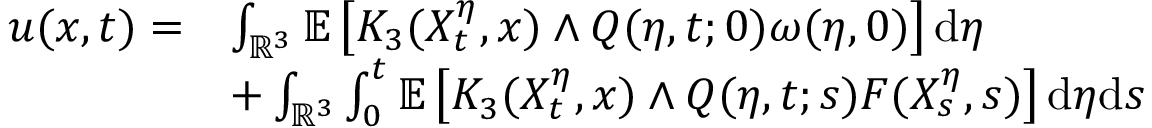
\begin{array} { r l } { u ( x , t ) = } & { \int _ { \mathbb { R } ^ { 3 } } \mathbb { E } \left[ K _ { 3 } ( X _ { t } ^ { \eta } , x ) \wedge Q ( \eta , t ; 0 ) \omega ( \eta , 0 ) \right] \mathrm { d } \eta } \\ & { + \int _ { \mathbb { R } ^ { 3 } } \int _ { 0 } ^ { t } \mathbb { E } \left[ K _ { 3 } ( X _ { t } ^ { \eta } , x ) \wedge Q ( \eta , t ; s ) F ( X _ { s } ^ { \eta } , s ) \right] \mathrm { d } \eta \mathrm { d } s } \end{array}